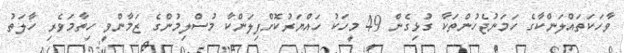
ވާހަކަތައްލަންކާގެ ހަމަނުޖެހުންތަކާ ގުޅިގެން 49 މީހަކު ހައްޔަރުކޮށްފިލަންކާ މުސްލިމުންގެ ޒަމާންވީ ހިތާމަވެރި ހާލަތު